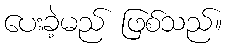
ပေးခဲ့မည် ဖြစ်သည်။